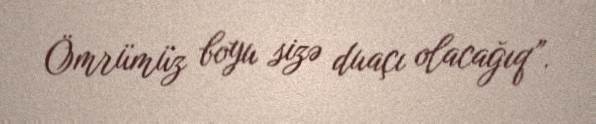
Ömrümüz boyu sizə duaçı olacağıq”.